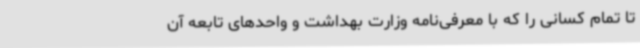
تا تمام کسانی را که با معرفی‌نامه وزارت بهداشت و واحدهای تابعه آن